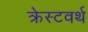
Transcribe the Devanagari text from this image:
क्रेस्टवर्थ